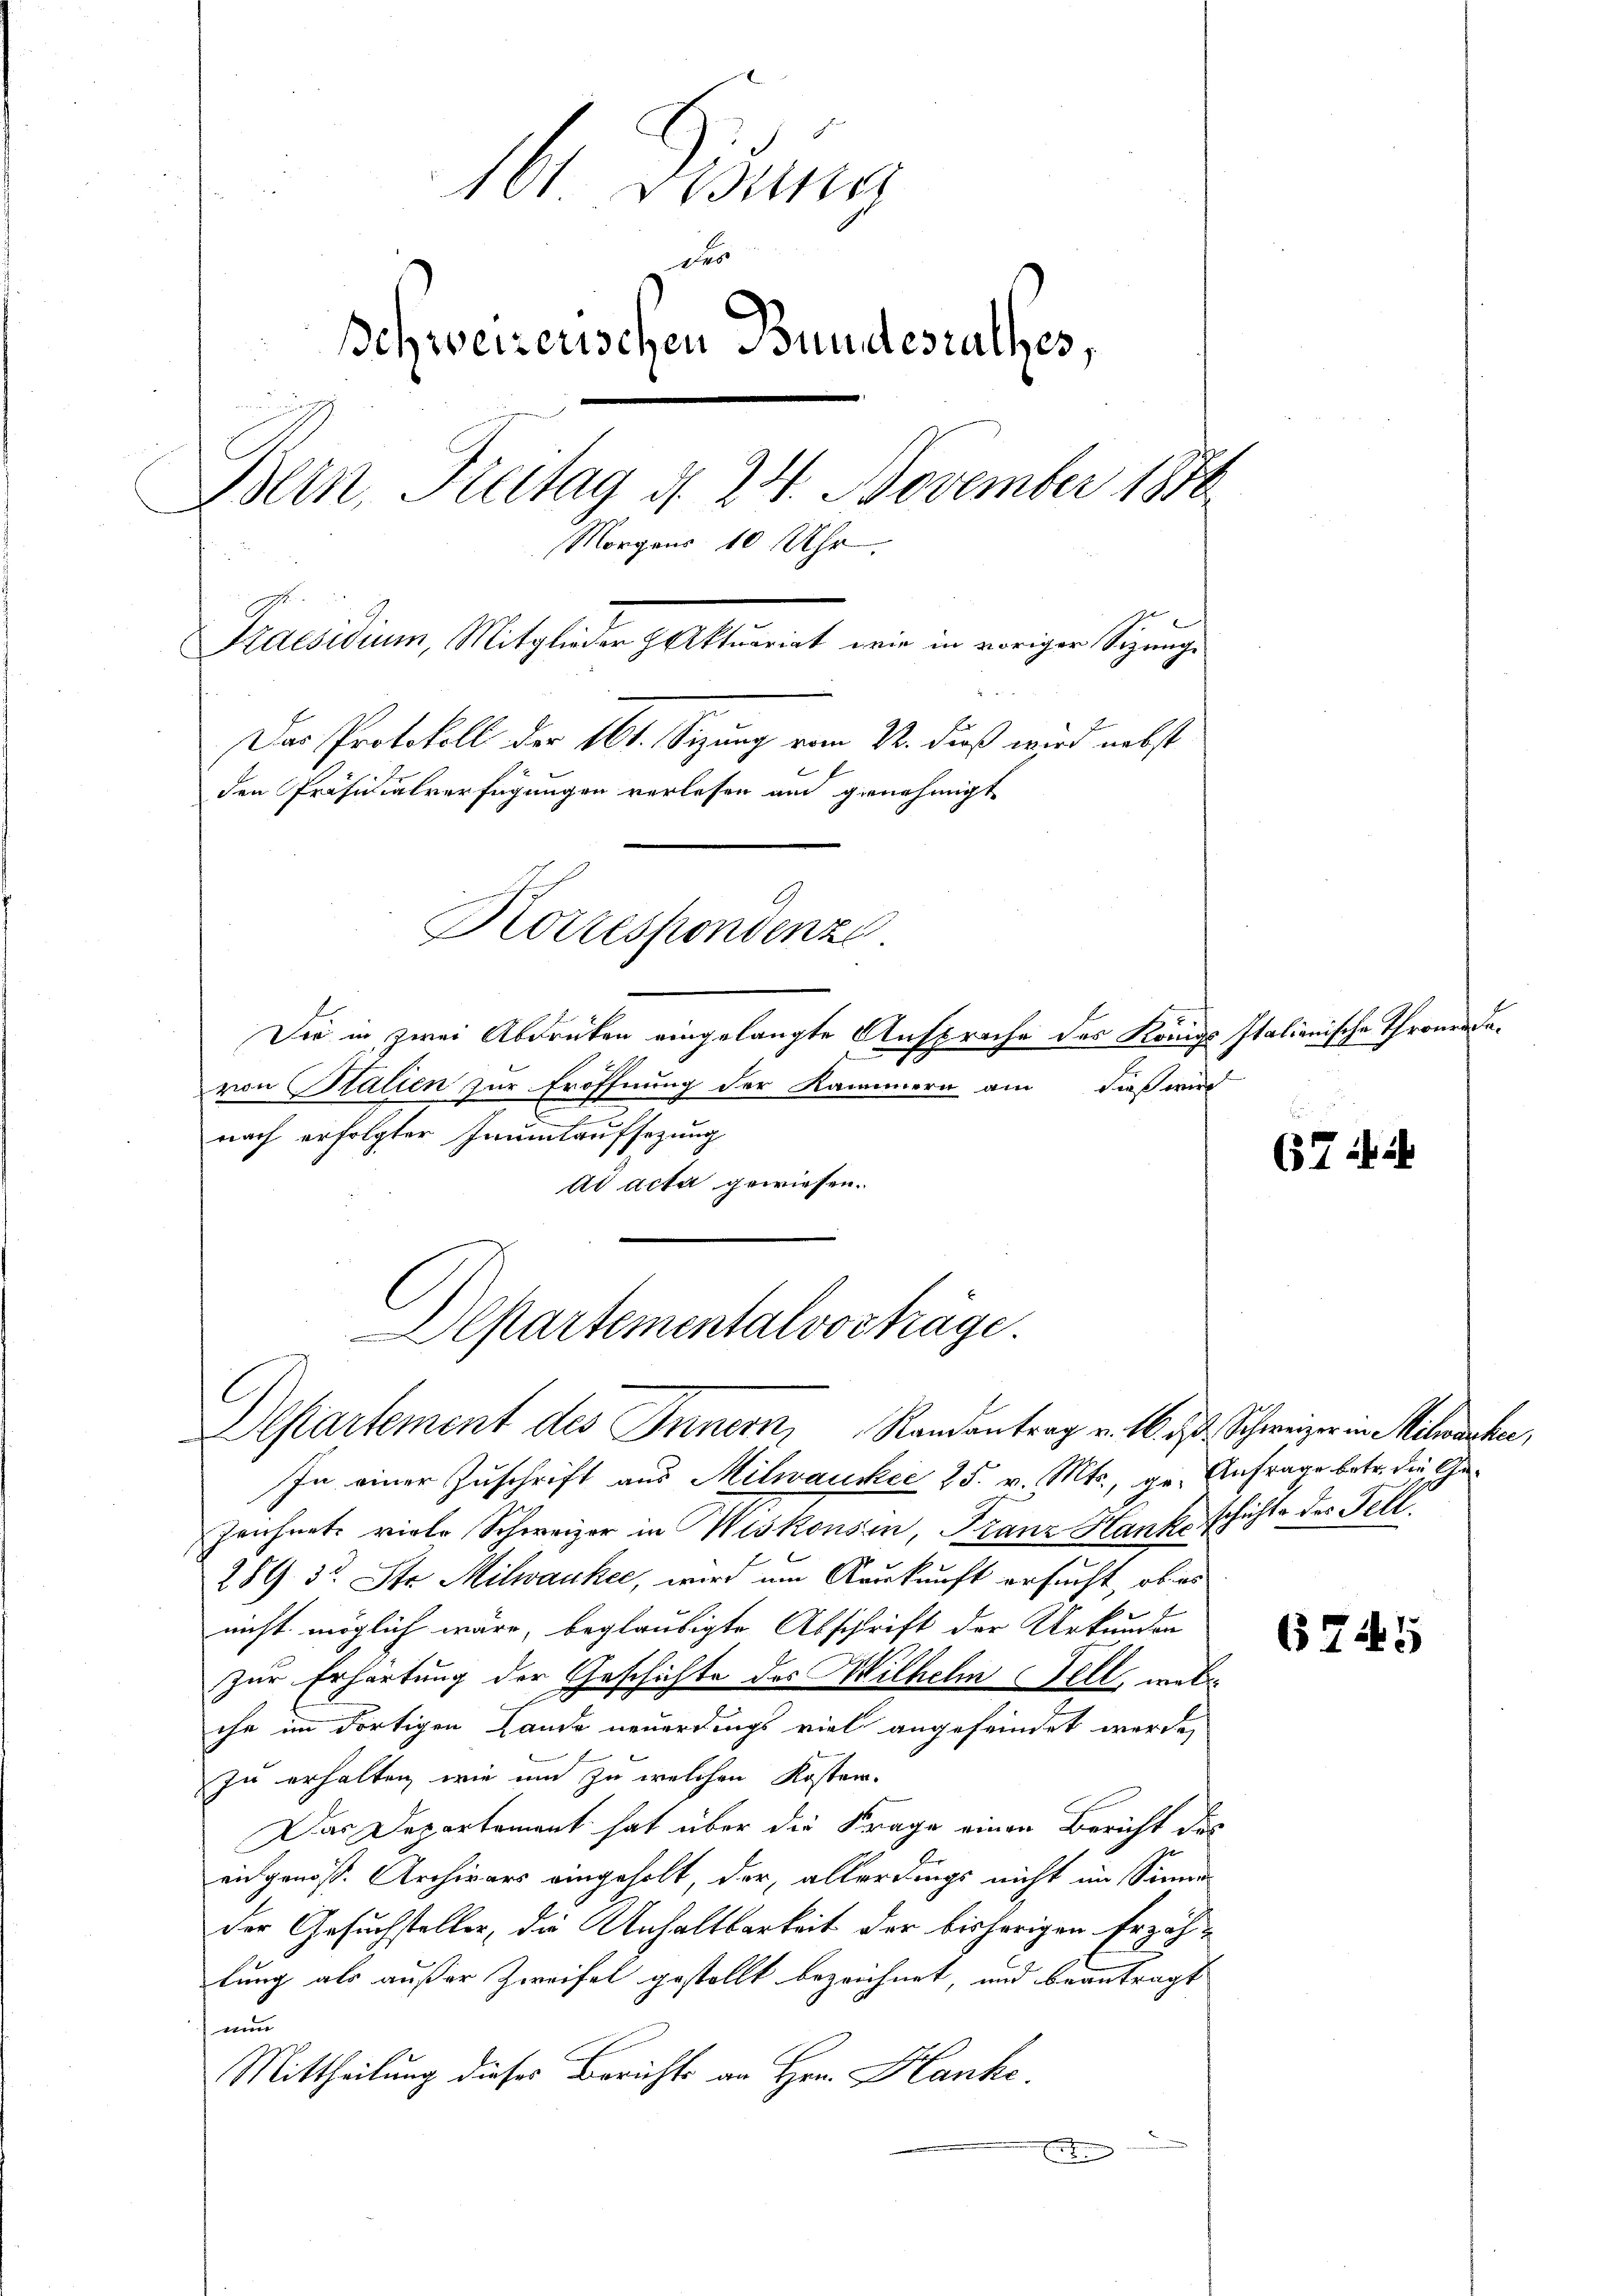
16 Didung
der
Behweizerischen Bundesrathes,
Bern, Freitag d. 24. November 1880
Morgens 10 Uhr.
Praesidium, Mitglieder rittimirt wir in voriger Sitzung
Der Protokoll der 161. Setzung vom 22. daß wird nebst
den Präsidialverfügungen verlesen auch genehmigt
Korrespondenze
Die in zwei Abdruken eingelangte Ansprache des Königs Italienische Thronen davon Stalien zur Eröffnung der Kammern am dieß wir

nach erfolgter Taumlaufsezung
ad acta gewiesen.
Departementalvorträge.

l
Departement des Innern, Randantrag v. 16. d. Schweizer in Mitwische,

In einer Zuschrift aus Milwaucker 25. v. Mts., ge- Anfrage betr. die Ge¬
Zeichnete viele Schweizer in Miskonsein, Franz Hanke schichte des Fell
289. 32. St. Milwanke, wird um Auskunft ersucht, ob es
nicht möglich wäre, beglaubigte Abschrift der Urkunden
zur Erhärtung der Geschichte des Wilhelm Fell, welche im dortigen Lande neuerdings viel angefeindet werde,
zu erhalten, wie und zu welchen Koster.
Das Departement hat über die Frage einen Bericht des
eidgenoß. Archivars eingeholt, der, allerdings nicht im Sinne
der Gesuchsteller, die Anhaltbarkeit der bisherigen Erzählung als außer Zweifel gestellt bezeichnet, und beantragt
un
Mittheilung dieses Berichts an Hrn. Hanke.
x

674 i

6745